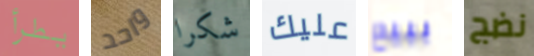
يطرأ واحد شكرا عليك ببيع نضج